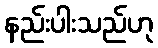
နည်းပါးသည်ဟု